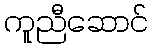
ကူညီဆောင်